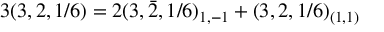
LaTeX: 3 ( 3 , 2 , 1 / 6 ) = 2 ( 3 , \bar { 2 } , 1 / 6 ) _ { 1 , - 1 } + ( 3 , 2 , 1 / 6 ) _ { ( 1 , 1 ) }